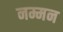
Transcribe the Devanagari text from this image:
नम्मन